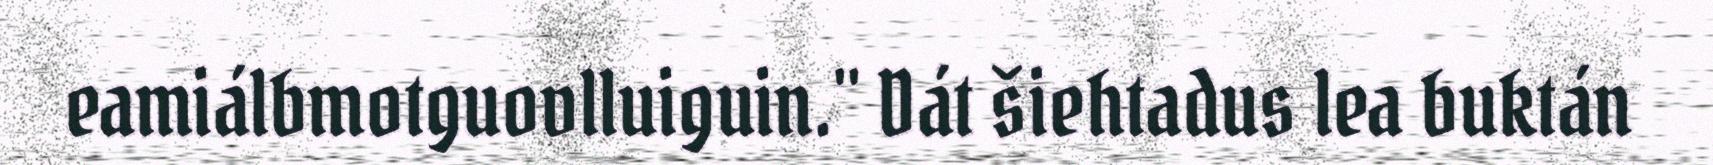
eamiálbmotguovlluiguin." Dát šiehtadus lea buktán